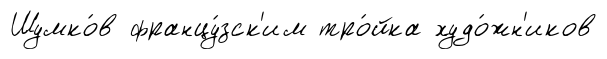
Шумко́в францу́зск'им тро́йка худо́жн'иков